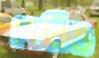
দেরিও